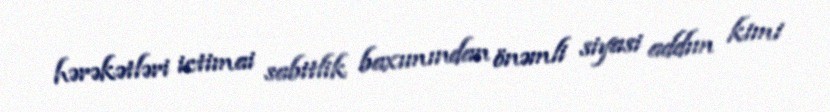
hərəkətləri ictimai sabitlik baxımından önəmli siyasi addım kimi